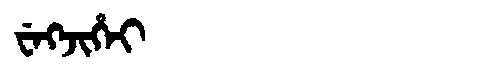
Manchu: ᠸᡝᡴᠵᡳᡥᡝᡳ
Romanization: WEKJIHEI